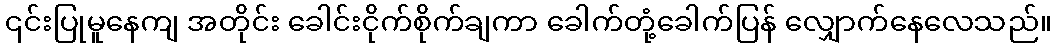
၎င်းပြုမူနေကျ အတိုင်း ခေါင်းငိုက်စိုက်ချကာ ခေါက်တုံ့ခေါက်ပြန် လျှောက်နေလေသည်။